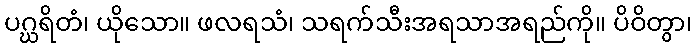
ပဂ္ဃရိတံ၊ ယိုသော။ ဖလရသံ၊ သရက်သီးအရသာအရည်ကို။ ပိဝိတွာ၊